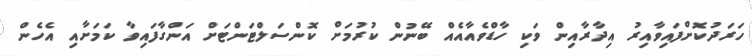
ހަރަދުކޮށްފައިވާއިރު އިދާރާއިން ވަކި ހާޑްވެއާއެއް ބޭނުން ކުރުމަށް ކޮންސަލްޓަންޓަށް އަންގާފައިވާ ކަމަށާއި އެހެން